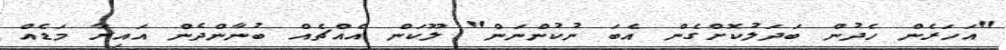
"އަހަރެން ހެދުން ބަދަލުކޮށްގެން އެބަ ނުކުންނަން" ލޫކަން އެއްޗެއް ބުނާންދެން އައިރާ މަޑެއް